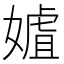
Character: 㜘